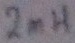
Text: 2mH